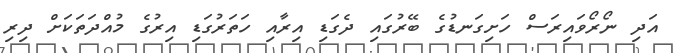
އަދި ނޯރޯވައިރަސް ހަށިގަނޑުގެ ބޭރުގައި ދެގަޑި އިރާއި ހަތަރުގަޑި އިރުގެ މުއްދަތަކަށް ދިރި